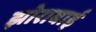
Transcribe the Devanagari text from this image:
झोराबाई